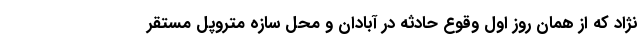
نژاد که از همان روز اول وقوع حادثه در آبادان و محل سازه متروپل مستقر